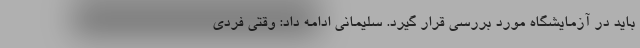
باید در آزمایشگاه مورد بررسی قرار گیرد. سلیمانی ادامه داد: وقتی فردی